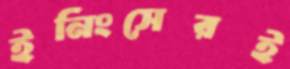
ইনিংসেরই